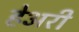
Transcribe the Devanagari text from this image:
हेअरी